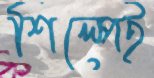
শিল্পেই